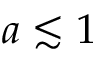
a \lesssim 1